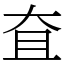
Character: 㚗